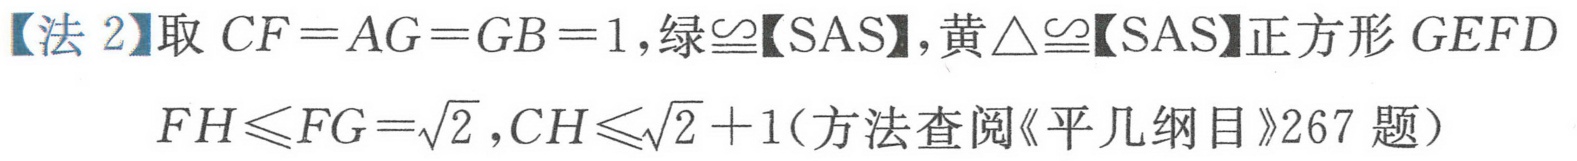
【法 2】取 \(CF = AG = GB = 1\),绿\(\cong\)【SAS】,黄\(\triangle\cong\)【SAS】正方形 \(GEFD\)
\(FH\leqslant FG=\sqrt{2},CH\leqslant\sqrt{2}+1\)(方法查阅《平几纲目》267 题）